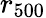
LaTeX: r_{500}